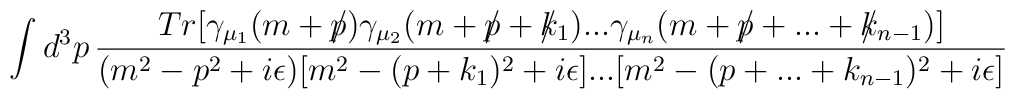
\int d^3p\, \frac{Tr[\gamma_{\mu_1}(m+\slash\!\!\!p)\gamma_{\mu_2}(m+\slash\!\!\!p+\slash\!\!\!k_1)...\gamma_{\mu_n}(m+\slash\!\!\!p+...+\slash\!\!\!k_{n-1})]}{(m^2-p^2+i\epsilon)[m^2-(p+k_1)^2+i\epsilon]...[m^2-(p+...+k_{n-1})^2+i\epsilon]}